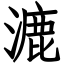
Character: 漉